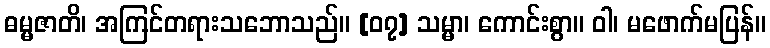
ဓမ္မဇာတိ၊ အကြင်တရားသဘောသည်။ [၀၇] သမ္မာ၊ ကောင်းစွာ။ ဝါ၊ မဖောက်မပြန်။